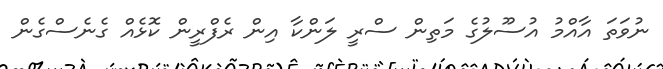
ނުވަތަ އާއްމު އުސޫލުގެ މަތިން ސްރީ ލަންކާ އިން ރެފްރީން ކޮޅެއް ގެނެސްގެން